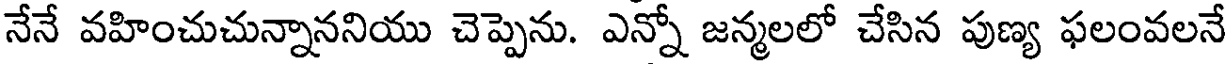
నేనే వహించుచున్నాననియు చెప్పెను. ఎన్నో జన్మలలో చేసిన పుణ్య ఫలంవలనే